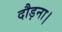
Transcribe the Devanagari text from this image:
दौड़ना।